65_HS1-834228961_62-HQ-83894_Section_4
Agency: FBI
Page 46
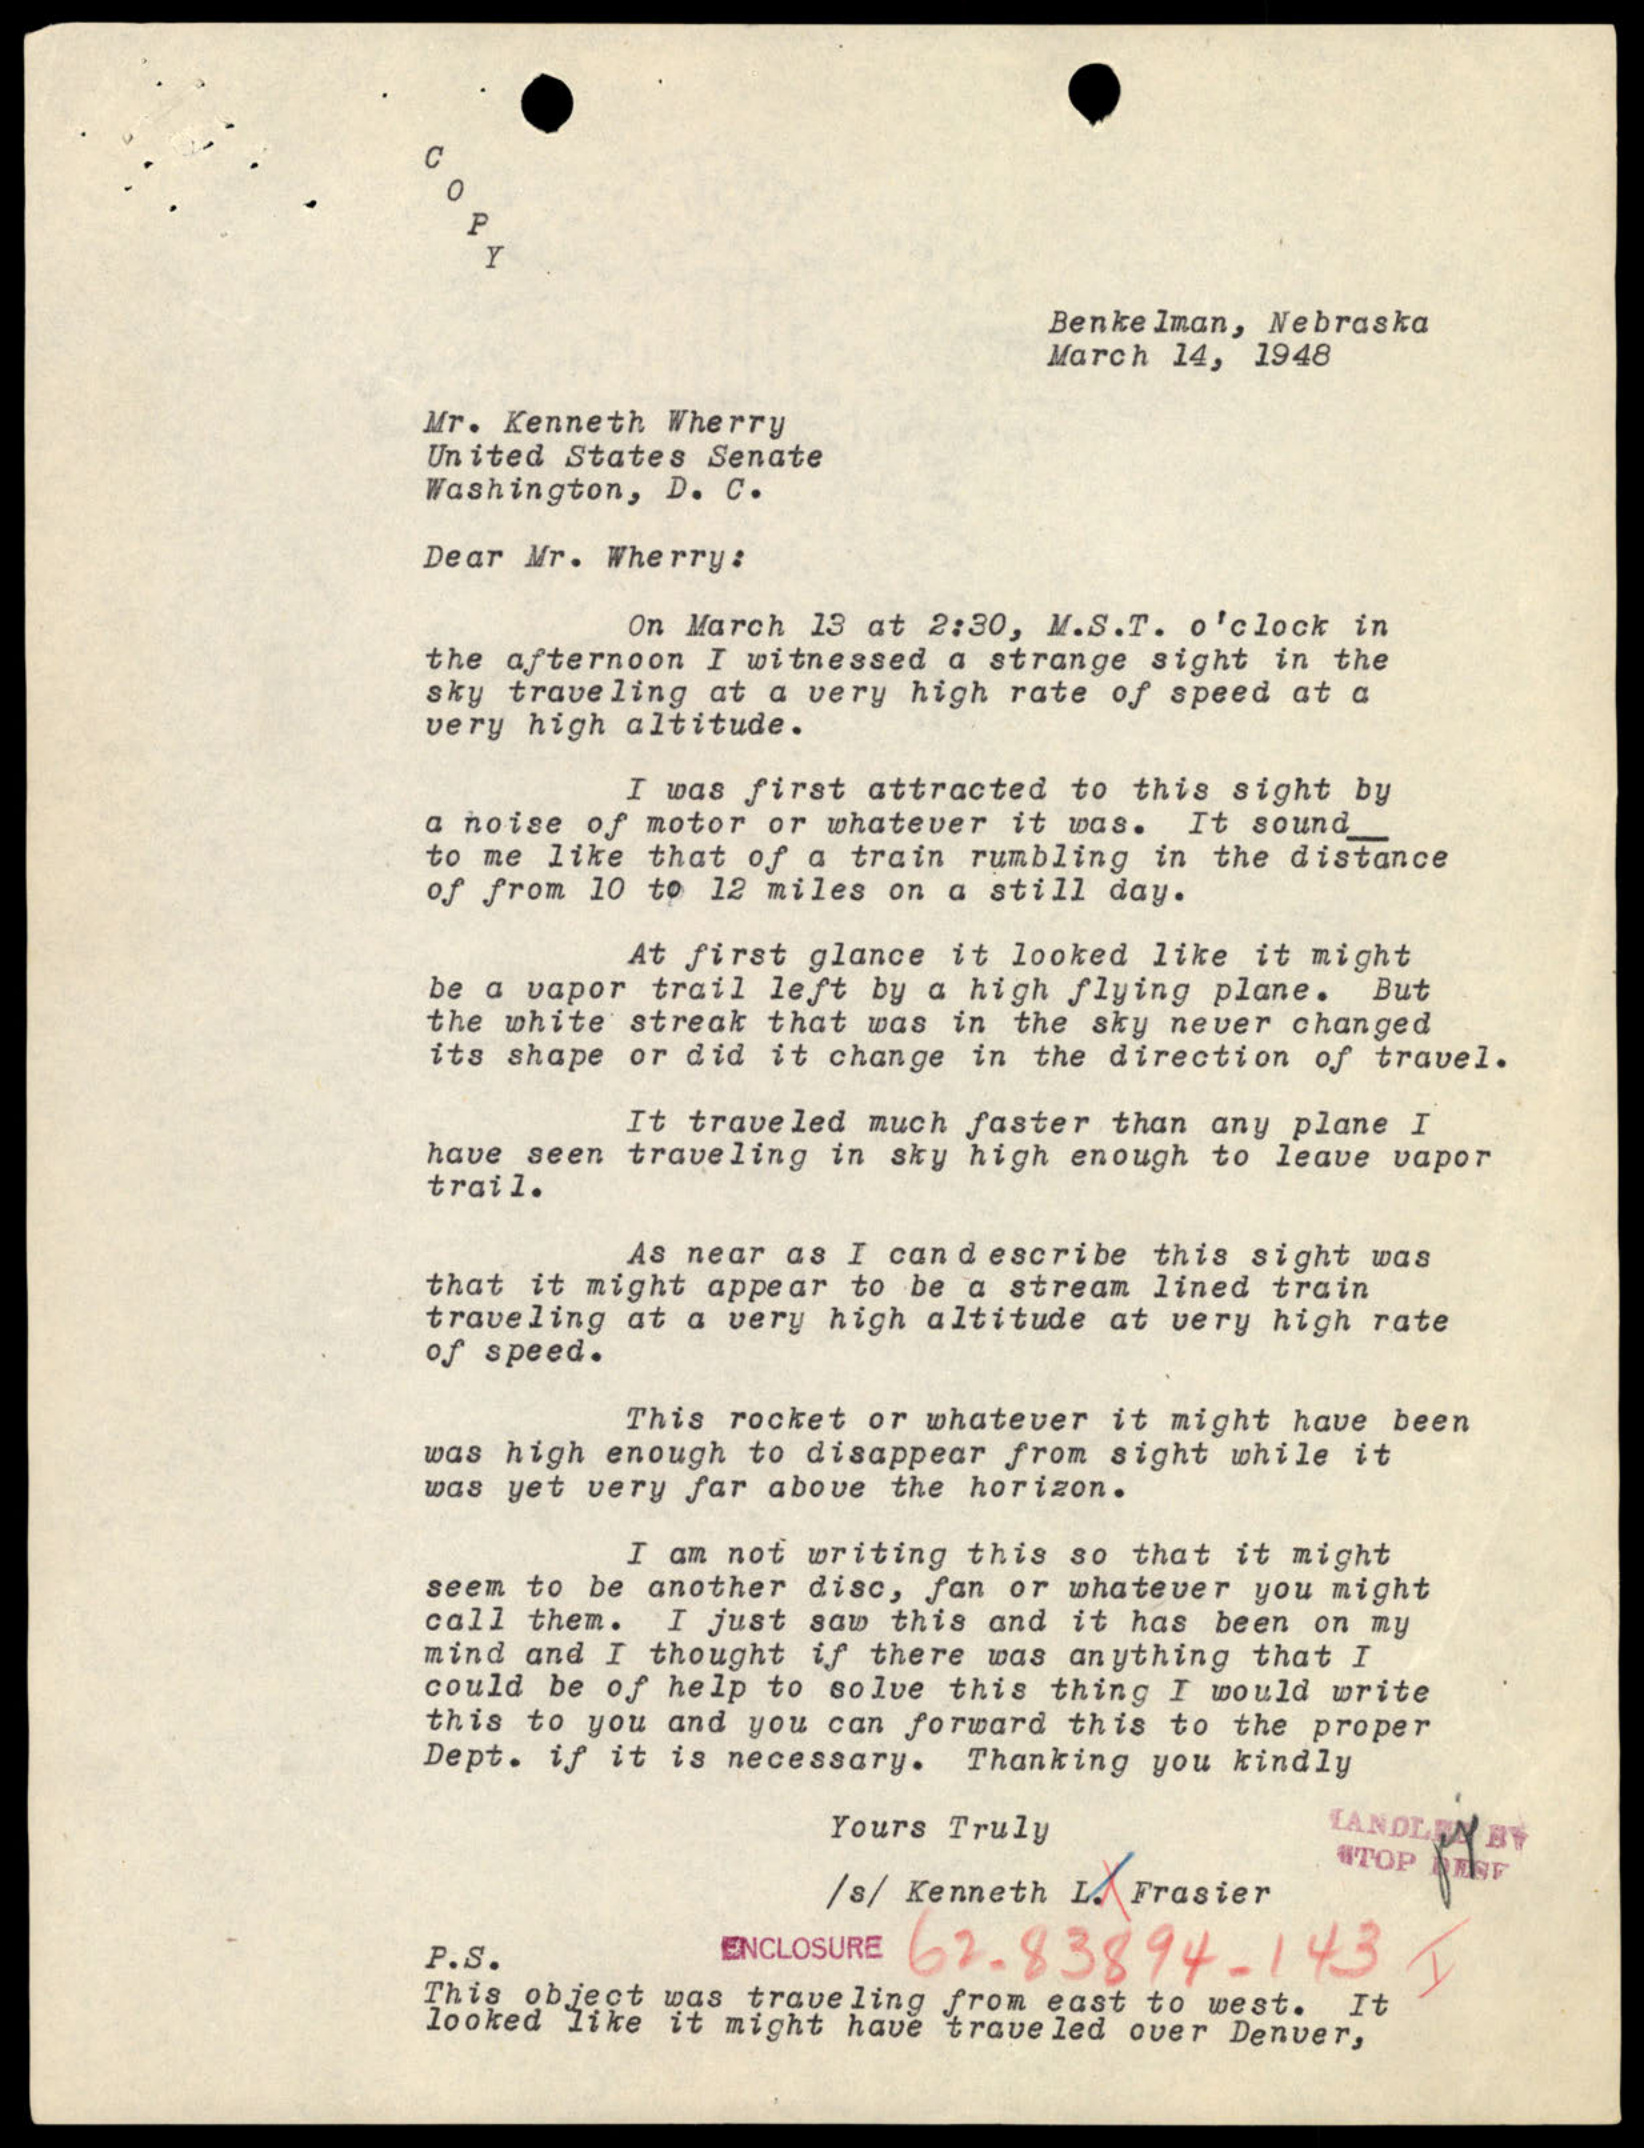